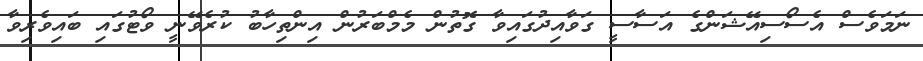
ނަމަވެސް އެސޯސިއޭޝަންގެ އަސާސީ ގަވާއިދުގައިވާ ގޮތުން މެމްބަރުން އިންތިހާބު ކުރެވޭނީ ވޯޓުގައި ބައިވެރިވާ